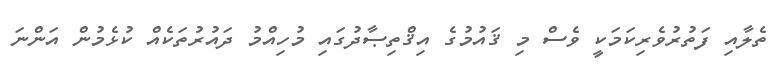
ތެލާއި ފަތުރުވެރިކަމަކީ ވެސް މި ޤައުމުގެ އިޤްތިޞާދުގައި މުހިއްމު ދައުރުތަކެއް ކުޅެމުން އަންނަ